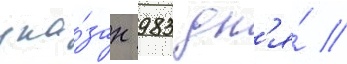
ука́зан 983 дн'я́ //